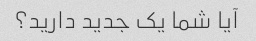
آیا شما یک جدید دارید؟